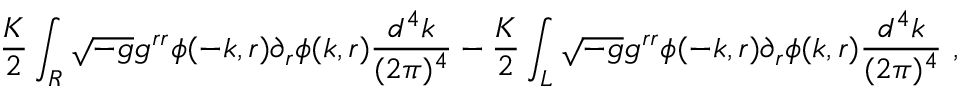
\frac { K } { 2 } \int _ { R } \sqrt { - g } g ^ { r r } \phi ( - k , r ) \partial _ { r } \phi ( k , r ) \frac { d ^ { 4 } k } { ( 2 \pi ) ^ { 4 } } - \frac { K } { 2 } \int _ { L } \sqrt { - g } g ^ { r r } \phi ( - k , r ) \partial _ { r } \phi ( k , r ) \frac { d ^ { 4 } k } { ( 2 \pi ) ^ { 4 } } \ ,